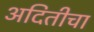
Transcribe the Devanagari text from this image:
अदितीचा